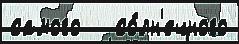
самого   со́лн'ечного